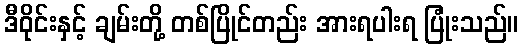
ဒီဝိုင်းနှင့် ချမ်းတို့ တစ်ပြိုင်တည်း အားရပါးရ ပြုံးသည်။